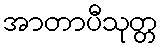
အာတာပီသုတ္တ